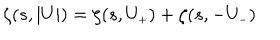
LaTeX: \zeta ( s , \vert U \vert ) = \zeta ( s , U _ { \scriptscriptstyle + } ) + \zeta ( s , - U _ { \scriptscriptstyle - } )